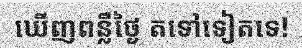
ឃើញពន្លឺថ្ងៃ តទៅទៀតទេ!